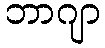
ဘာဂျာ